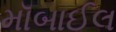
મૉબાઈલ